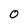
Character: O